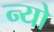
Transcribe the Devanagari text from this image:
न्यो